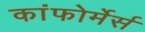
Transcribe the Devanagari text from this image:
कांफोर्मेर्स